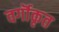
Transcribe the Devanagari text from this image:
वर्गॊकृत